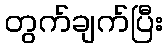
တွက်ချက်ပြီး